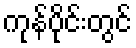
ကုန်ပိုင်းတွင်